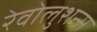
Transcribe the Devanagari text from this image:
रेवोलुशन्स